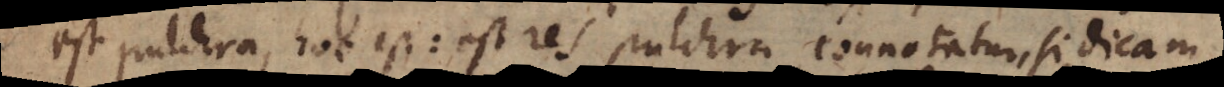
est pulchra, hoc est: est res pulchra, connotatur, si dicam